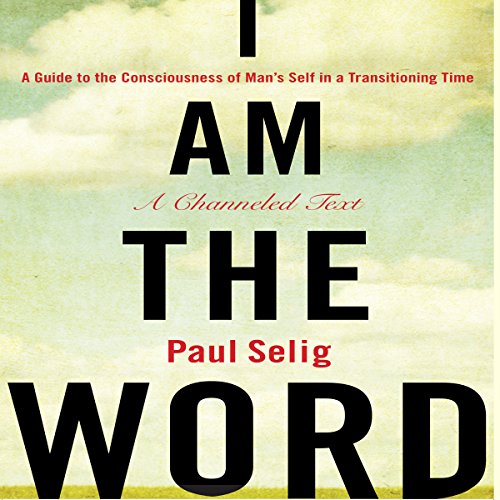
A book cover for I Am The Word: A Guide to the Consciousness of Man's Self in a Transitioning Time; Paul Selig; Religion & Spirituality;